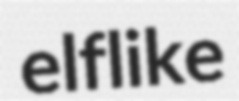
elflike